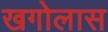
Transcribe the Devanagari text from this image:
खगोलास